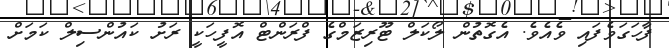
ފާހަގަވެފައި ވެއެވެ. އެގޮތުން ލޯކަލް ޓޫރިޒަމްގެ ފްރަންޓް އޮފީހަކީ ރަށު ކައުންސިލް ކަމަށް